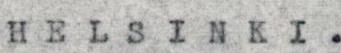
HELSINKI.